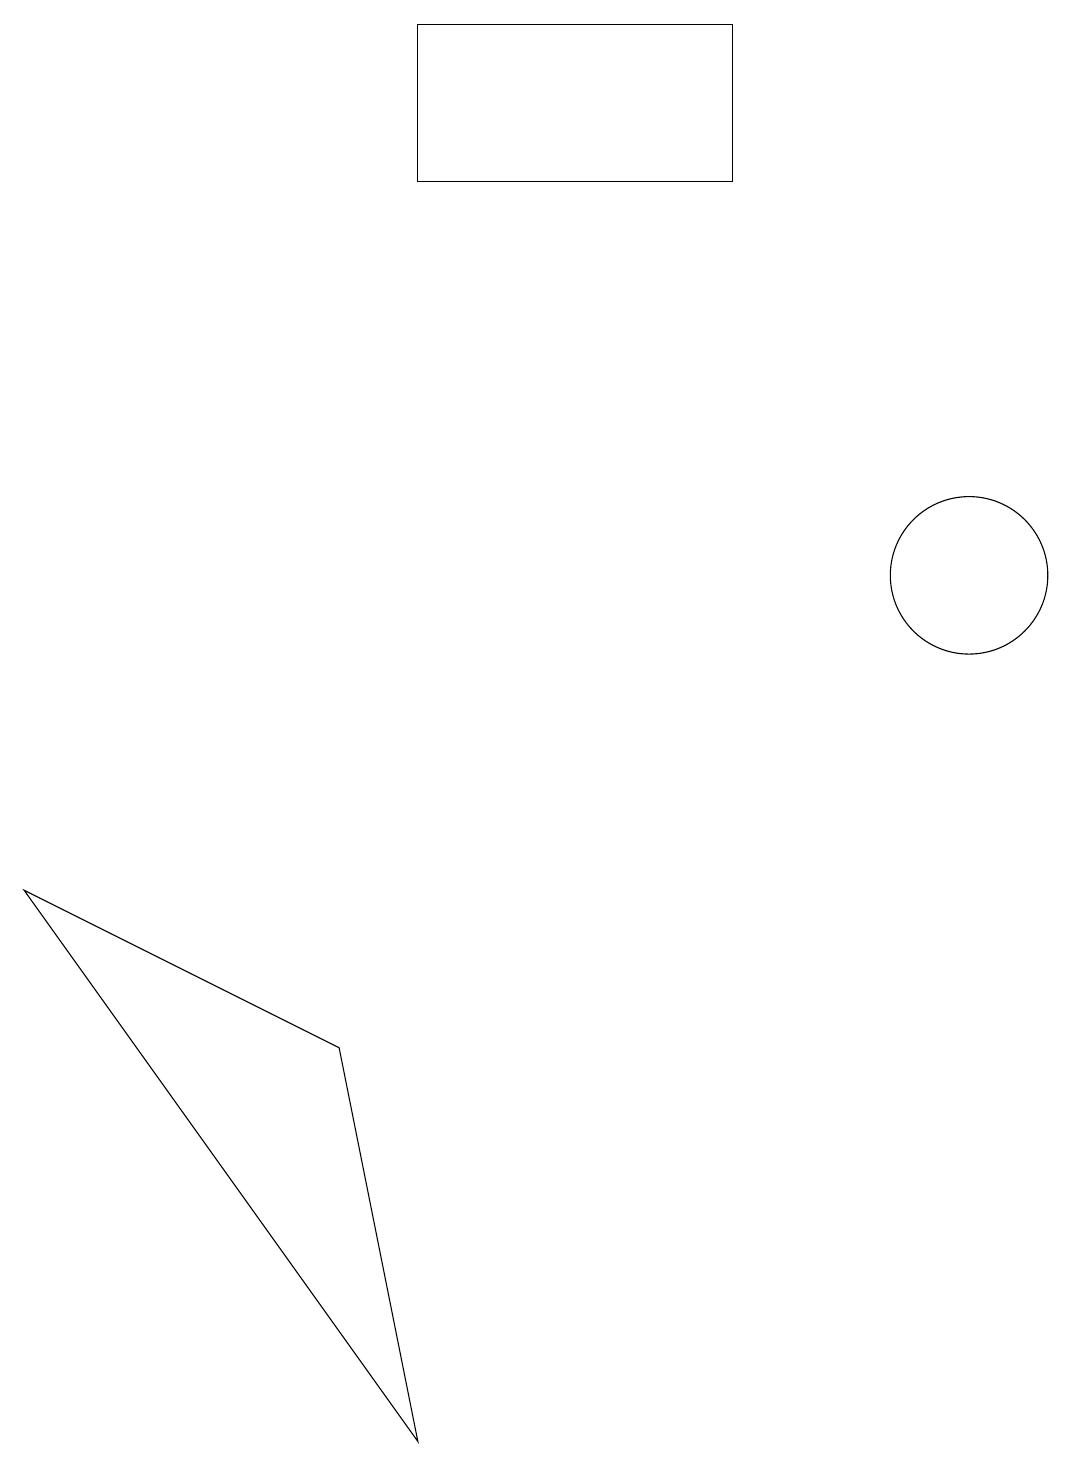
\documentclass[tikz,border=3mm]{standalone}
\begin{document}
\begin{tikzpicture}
\draw (12,12) circle (1);
\draw (9,19) rectangle (5,17);
\draw (4,6) -- (5,1) -- (0,8) -- cycle;
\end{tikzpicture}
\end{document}